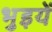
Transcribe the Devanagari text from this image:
भुइयें